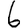
Digit: 6